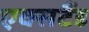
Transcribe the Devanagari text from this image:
एक्सटैंड